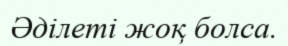
Әділеті жоқ болса.